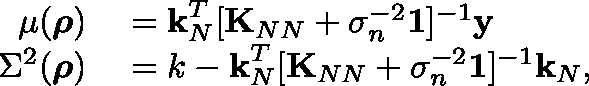
\centering \begin{array} { r l } { \mu ( \boldsymbol { \mathbf { \rho } } ) } & { { } = \boldsymbol { \mathbf { k } } _ { N } ^ { T } [ \boldsymbol { \mathbf { K } } _ { N N } + \sigma _ { n } ^ { - 2 } \boldsymbol { \mathbf { \mathbb { 1 } } } ] ^ { - 1 } \boldsymbol { \mathbf { y } } } \\ { \Sigma ^ { 2 } ( \boldsymbol { \mathbf { \rho } } ) } & { { } = k - \boldsymbol { \mathbf { k } } _ { N } ^ { T } [ \boldsymbol { \mathbf { K } } _ { N N } + \sigma _ { n } ^ { - 2 } \boldsymbol { \mathbf { \mathbb { 1 } } } ] ^ { - 1 } \boldsymbol { \mathbf { k } } _ { N } , } \end{array}